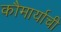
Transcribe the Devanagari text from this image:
कौमार्याची